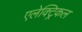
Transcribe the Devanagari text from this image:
एलेक्ट्रिकल